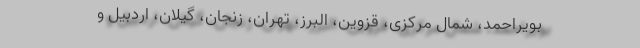
بویراحمد، شمال مرکزی، قزوین، البرز، تهران، زنجان، گیلان، اردبیل و